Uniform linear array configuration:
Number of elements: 24
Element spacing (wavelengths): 0.75
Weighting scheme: binomial
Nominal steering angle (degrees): -45
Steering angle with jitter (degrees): -45.988
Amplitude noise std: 0.05
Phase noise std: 0.05

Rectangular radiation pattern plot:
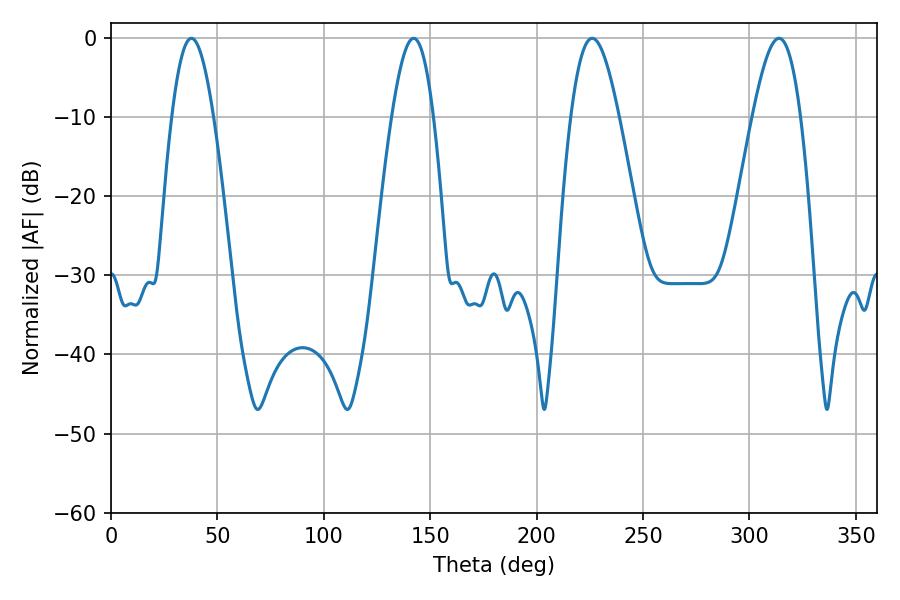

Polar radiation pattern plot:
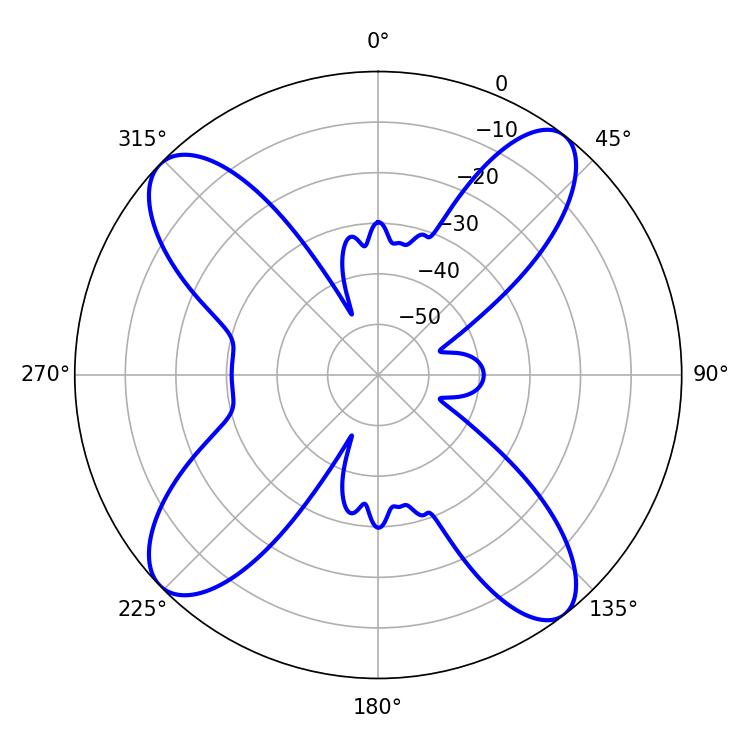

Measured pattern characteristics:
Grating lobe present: TRUE
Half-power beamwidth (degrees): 10.62
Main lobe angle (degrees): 37.8